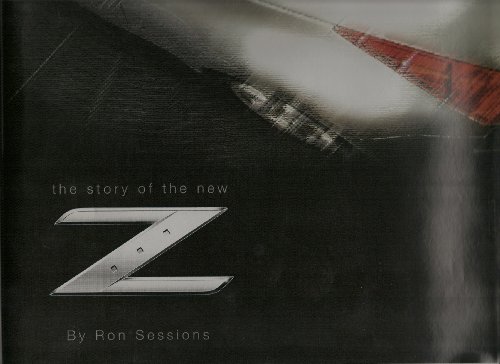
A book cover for Lust, Then Love: The Story of the New Z; Ron Sessions; Engineering & Transportation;